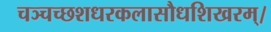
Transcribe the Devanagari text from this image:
चञ्चच्छशधरकलासौधशिखरम्।